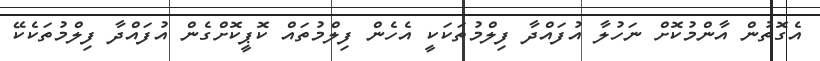
އެގޮތުން އާންމުކޮށް ނަހުލާ އުފައްދާ ފިލްމުތަކަކީ އެހެން ފިލްމުތައް ކޮޕީކޮށްގެން އުފައްދާ ފިލްމުތަކެކޭ